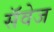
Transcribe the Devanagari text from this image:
सॅवेज